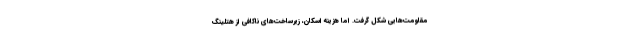
مقاومت‌هایی شکل گرفت. اما هزینه اسکان، زیرساخت‌های ناکافی از هتلینگ